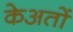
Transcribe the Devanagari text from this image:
केअतों